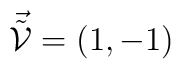
\vec{\tilde{\cal{V}}}=(1,-1)